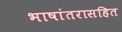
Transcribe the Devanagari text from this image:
भाषांतरासहित